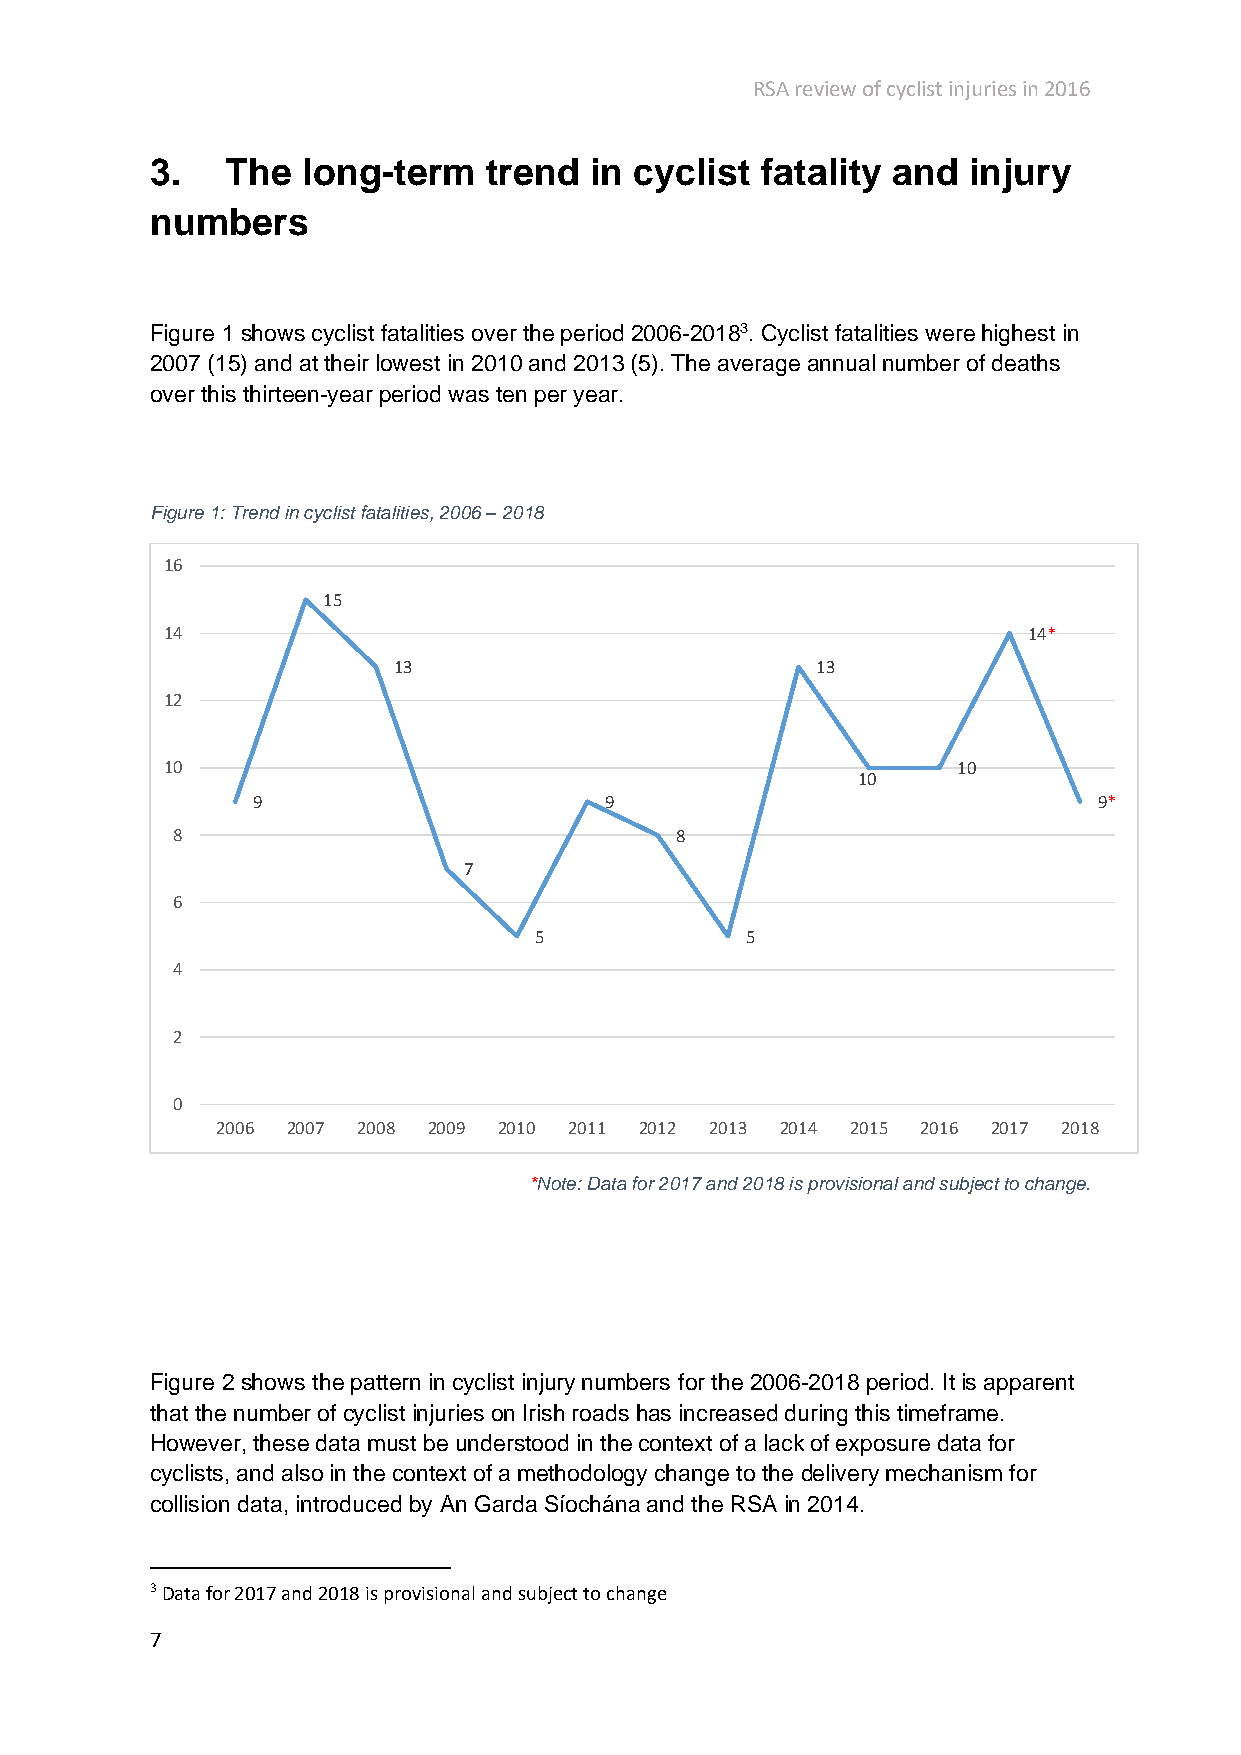
RSA review of cyclist injuries in 2016
 3.   The  long-term   trend  in cyclist fatality and  injury
 numbers
 Figure 1 shows cyclist fatalities over the period 2006-20183. Cyclist fatalities were highest in
 2007 (15) and at their lowest in 2010 and 2013 (5). The average annual number of deaths
 over this thirteen-year period was ten per year.
 Figure 1: Trend in cyclist fatalities, 2006 – 2018
 16
 15
 14                                                       14*
 13                          13
 12
 10                                                  10
 10
 9                      9                                9*
 8                                 8
 7
 6
 5             5
 4
 2
 0
 2006 2007 2008 2009 2010 2011 2012 2013 2014 2015 2016 2017 2018
 *Note: Data for 2017 and 2018 is provisional and subject to change.
 Figure 2 shows the pattern in cyclist injury numbers for the 2006-2018 period. It is apparent
 that the number of cyclist injuries on Irish roads has increased during this timeframe.
 However, these data must be understood in the context of a lack of exposure data for
 cyclists, and also in the context of a methodology change to the delivery mechanism for
 collision data, introduced by An Garda Síochána and the RSA in 2014.
 3 Data for 2017 and 2018 is provisional and subject to change
 7